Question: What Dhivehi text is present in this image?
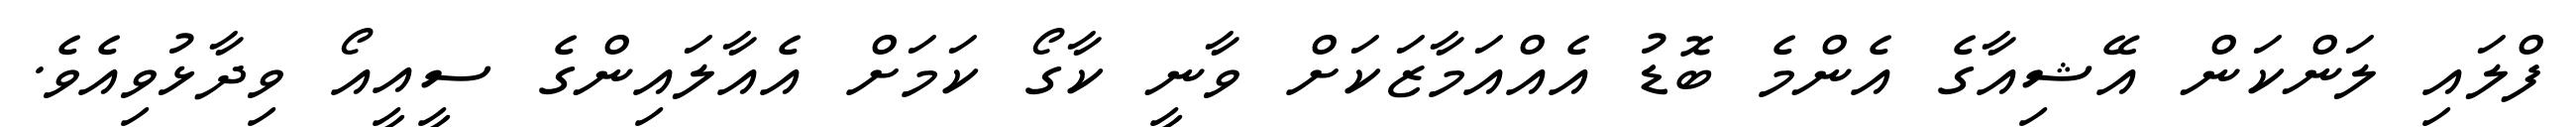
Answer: ފްލައި ލަންކަން އޭޝިއާގެ އެންމެ ބޮޑު އެއްއަމާޒަކަށް ވާނީ ކާގޯ ކަމަށް އެއާލައިންގެ ސީއީއޯ ވިދާޅުވިއެވެ.